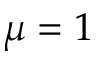
\mu = 1